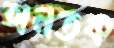
অনতক